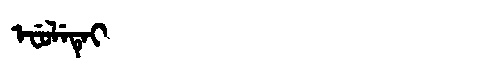
Manchu: ᡝᠸᡠᠯᡝᡨᡝᡳ
Romanization: EFULETEI